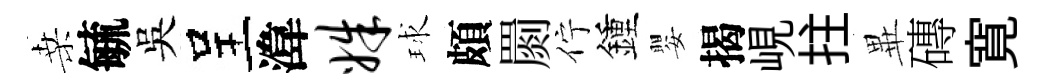
桑毓吳呈湋姝球頗罽佇鍾嬰揭峴拄𭺾磚寛